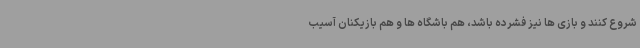
شروع کنند و بازی ها نیز فشرده باشد، هم باشگاه ها و هم بازیکنان آسیب